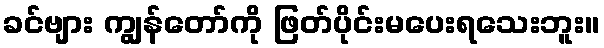
ခင်ဗျား ကျွန်တော်ကို ဖြတ်ပိုင်းမပေးရသေးဘူး။